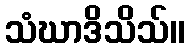
သံဃာဒိသိသ်။